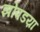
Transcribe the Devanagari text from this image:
झोपडय़ा